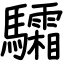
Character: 驦